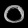
Digit: ၀